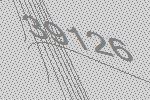
39126